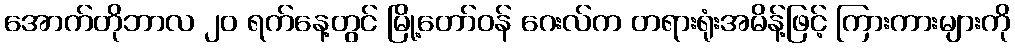
အောက်တိုဘာလ ၂၀ ရက်နေ့တွင် မြို့တော်ဝန် ဂေးလ်က တရားရုံးအမိန့်ဖြင့် ကြားကားများကို